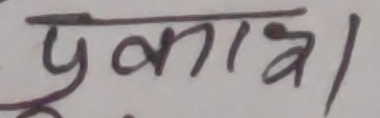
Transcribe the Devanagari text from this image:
प्रुकाशल।